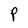
Character: P